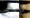
كوكبك